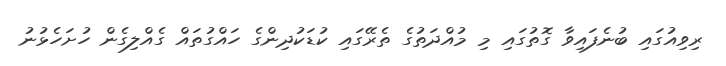
ރިވިއުގައި ބުނެފައިވާ ގޮތުގައި މި މުއްދަތުގެ ތެރޭގައި ކުޑަކުދިންގެ ހައްގުތައް ގެއްލިގެން ހުށަހެޅުނު